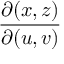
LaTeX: \frac { \partial ( x , z ) } { \partial ( u , v ) }